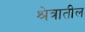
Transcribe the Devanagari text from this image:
श्रेत्रातील